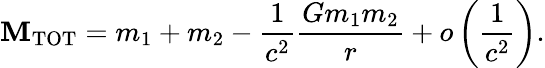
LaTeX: \mathbf{M}_{\mathrm{{TOT}}}=m_{1}+m_{2}-\frac{{1}}{{c^{2}}}\frac{{Gm_{1}m_{2}}}{{r}}+o\left(\frac{{1}}{{c^{2}}}\right).